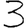
Digit: 3